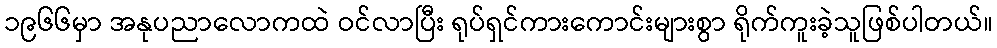
၁၉၆၆မှာ အနုပညာလောကထဲ ဝင်လာပြီး ရုပ်ရှင်ကားကောင်းများစွာ ရိုက်ကူးခဲ့သူဖြစ်ပါတယ်။